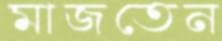
মাজতেন